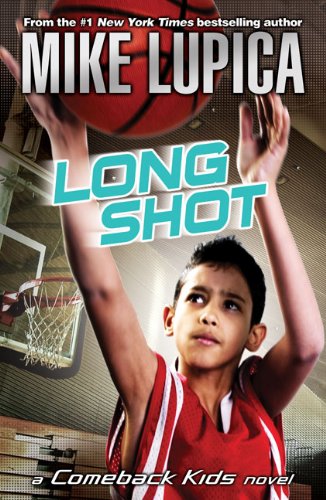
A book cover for Long Shot (Comeback Kids); Mike Lupica; Children's Books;